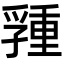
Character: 𡦢